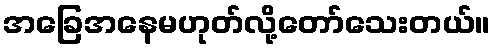
အခြေအနေမဟုတ်လို့တော်သေးတယ်။